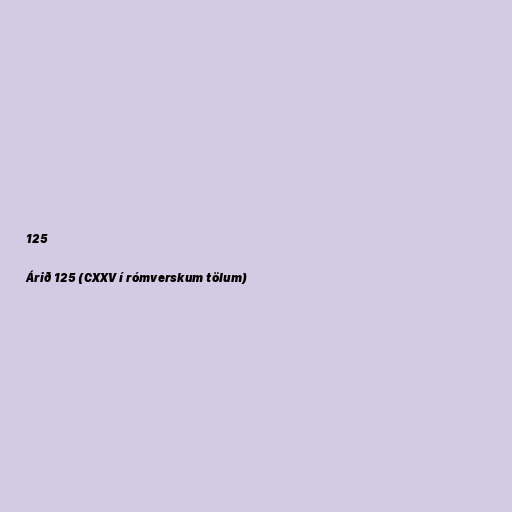
125

Árið 125 (CXXV í rómverskum tölum)